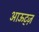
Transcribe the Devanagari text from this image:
आऊट्ज़